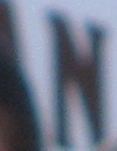
N